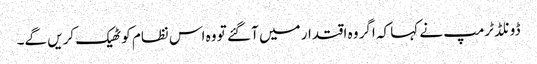
ڈونلڈ ٹرمپ نے کہا کہ اگر وہ اقتدار میں آ گئے تو وہ اس نظام کو ٹھیک کریں گے۔